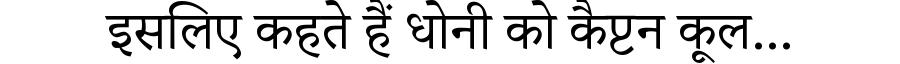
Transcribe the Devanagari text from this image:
इसलिए कहते हैं धोनी को कैप्टन कूल...